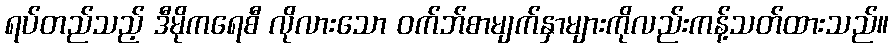
ရပ်တည်သည့် ဒီမိုကရေစီ လိုလားသော ဝက်ဘ်စာမျက်နှာများကိုလည်းကန့်သတ်ထားသည်။